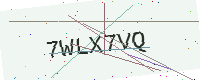
Text: 7WLX7VQ